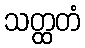
သတ္ထတံ